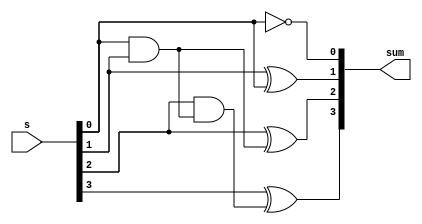
module becwoc (output [3:0]sum, input [3:0]s);

wire x,y,z;

assign x=s[0]&s[1];
assign y=s[2]&x;
assign sum[0]=~s[0];
assign sum[1]=s[1]^s[0];
assign sum[2]=s[2]^x;
assign sum[3]=s[3]^y;

endmodule